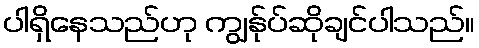
ပါရှိနေသည်ဟု ကျွန်ုပ်ဆိုချင်ပါသည်။